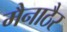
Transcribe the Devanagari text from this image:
मैनाठैर